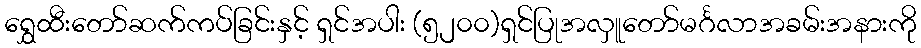
ရွှေထီးတော်ဆက်ကပ်ခြင်းနှင့် ရှင်အပါး (၅၂၀၀)ရှင်ပြုအလှူတော်မင်္ဂလာအခမ်းအနားကို